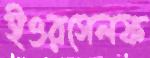
ইওরসেলফ